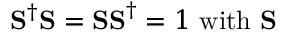
\mathbf { S } ^ { \dagger } \mathbf { S = S S } ^ { \dagger } = 1 \mathrm { ~ w i t h ~ } \mathbf { S }